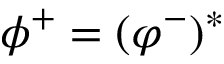
\phi ^ { + } = ( \varphi ^ { - } ) ^ { * }